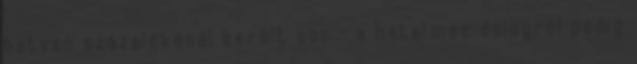
hatvan százalékánál került sor - a hatalmas dologról pedig